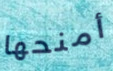
أمنحها